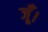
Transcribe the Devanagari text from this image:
जूँ।